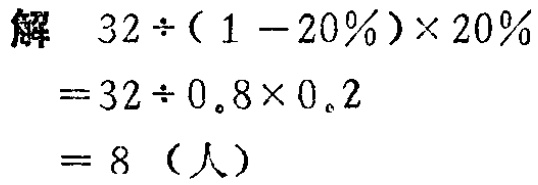
解 \(32\div(1 - 20\%)\times20\% \)

\(=32\div0.8\times0.2\)

\(= 8\)（人）